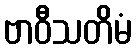
ဗာဝီသတိမံ